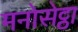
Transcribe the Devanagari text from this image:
मनोसेट्ठा